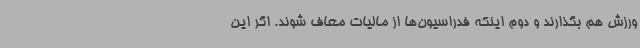
ورزش هم بگذارند و دوم اینکه فدراسیون‌ها از مالیات معاف شوند. اگر این